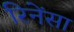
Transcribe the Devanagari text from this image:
रिनेंसा